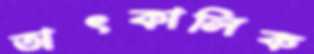
তাৎকালিক